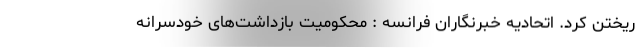
ریختن کرد. اتحادیه خبرنگاران فرانسه : محکومیت بازداشت‌های خودسرانه